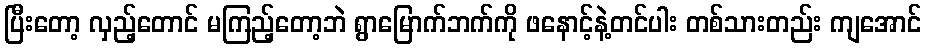
ပြီးတော့ လှည့်တောင် မကြည့်တော့ဘဲ ရွာမြောက်ဘက်ကို ဖနောင့်နဲ့တင်ပါး တစ်သားတည်း ကျအောင်